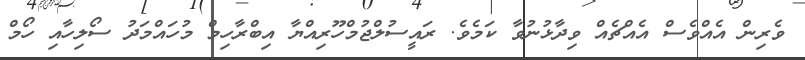
ވެރިން އެއްވެސް އެއްޗެއް ވިދާޅުނުވާ ކަމެވެ. ރައީސުލްޖުމްހޫރިއްޔާ އިބްރާހިމް މުހައްމަދު ސޯލިހާއި ހޯމް